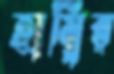
হাম্বির